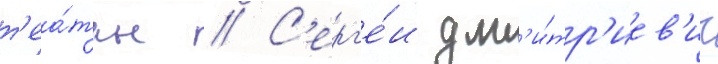
т'еа́тры // С'ерг'е́и дм'и́тр'иев'ич